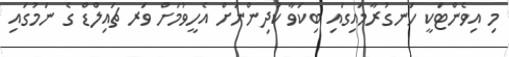
މި އިވެންޓަކީ ހަނގުރާމައިގައި ބިކަވާ ކުދިންނަށް އެހީވުމަށް ވަރ ޗައިލްޑް ގެ ނަމުގައި